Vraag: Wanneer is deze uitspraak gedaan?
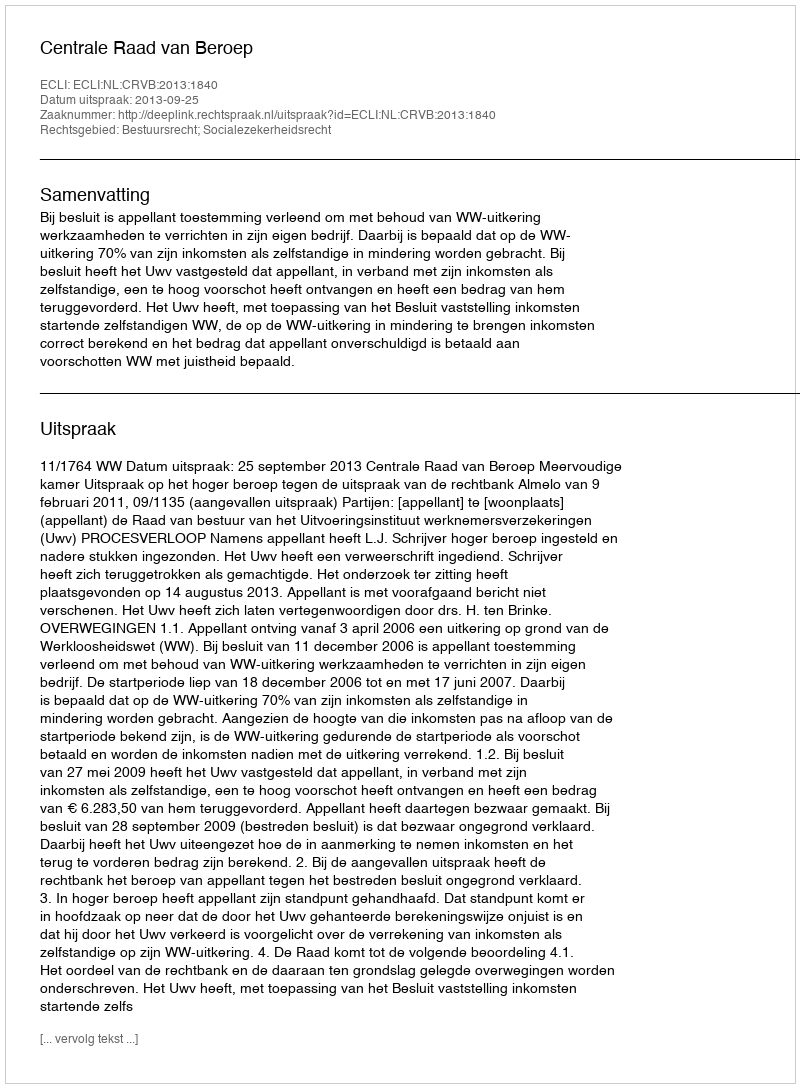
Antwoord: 2013-09-25